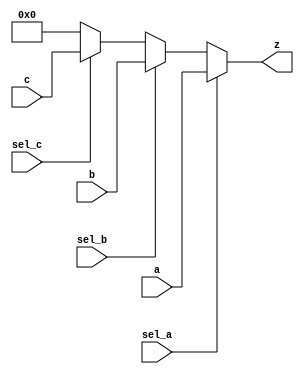
// Writing a verilog code for selecting a byte for 3 input variable
module selecting_a_byte(
    input [7:0] a, b, c,   // [7:0] = 8 bit = 1 byte
    input sel_a, sel_b, sel_c,
    output [7:0] z
    );
    
    // logic -> using conditional operator
    
    assign z = sel_a ? a: (sel_b ? b : (sel_c ? c : 8'b0));
endmodule